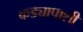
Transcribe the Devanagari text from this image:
कड्यापाशी